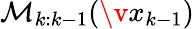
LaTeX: \mathcal{M}_{k:k-1}(\v x_{k-1})